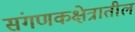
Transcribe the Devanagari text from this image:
संगणकक्षेत्रातील